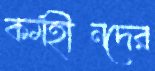
কর্মহীনদের